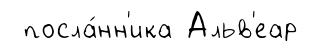
посла́нн'ика Альв'еар